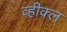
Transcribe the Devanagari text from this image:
व्हीक्ल